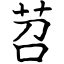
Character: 苕